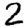
Digit: 2